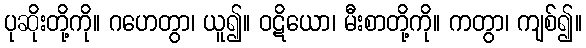
ပုဆိုးတို့ကို။ ဂဟေတွာ၊ ယူ၍။ ဝဋိယော၊ မီးစာတို့ကို။ ကတွာ၊ ကျစ်၍။